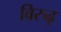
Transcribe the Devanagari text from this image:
विरुढ़